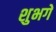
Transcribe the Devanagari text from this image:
शुभगे